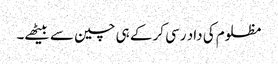
مظلوم کی داد رسی کر کے ہی چین سے بیٹھے۔